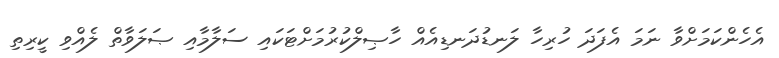
އެހެންކަމަށްވާ ނަމަ އެފަދަ ހުރިހާ ލަނޑުދަނޑިއެއް ހާޞިލްކުރުމަށްޓަކައި ސަލާމާއި ޞަލަވާތް ލެއްވި ކީރިތި